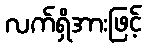
လက်ရှိအားဖြင့်